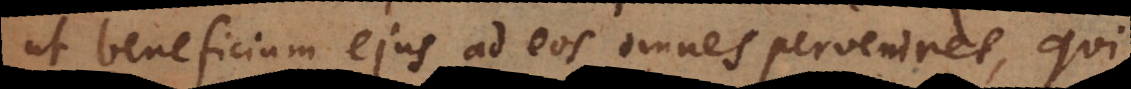
ut beneficium ejus ad eos omnes perveniret, qui